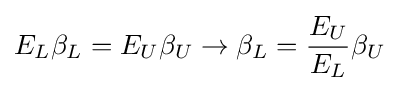
E_{L}\beta _{L}=E_{U}\beta _{U}\rightarrow \beta _{L}={\frac {E_{U}}{E_{L}}}\beta _{U}